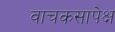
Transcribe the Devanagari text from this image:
वाचकसापेक्ष